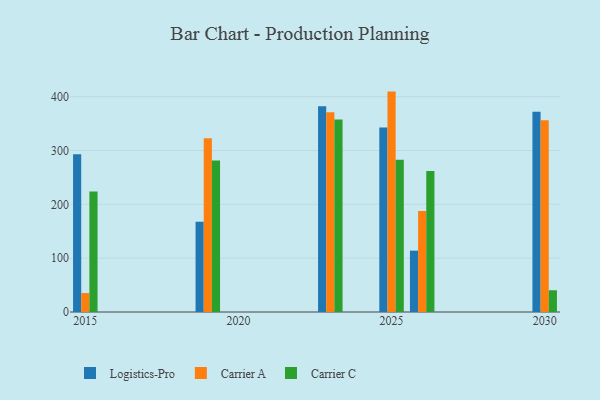
{"axis": {"x": "Year", "y": "Gross Profit (USD K)"}, "legend": ["Carrier A", "Carrier C", "Logistics-Pro"], "data": [{"x": "2025", "y": 342.6, "type": "Logistics-Pro"}, {"x": "2025", "y": 409.4, "type": "Carrier A"}, {"x": "2025", "y": 282.6, "type": "Carrier C"}, {"x": "2015", "y": 293.2, "type": "Logistics-Pro"}, {"x": "2015", "y": 35.2, "type": "Carrier A"}, {"x": "2015", "y": 224.0, "type": "Carrier C"}, {"x": "2019", "y": 167.8, "type": "Logistics-Pro"}, {"x": "2019", "y": 322.8, "type": "Carrier A"}, {"x": "2019", "y": 281.5, "type": "Carrier C"}, {"x": "2023", "y": 382.2, "type": "Logistics-Pro"}, {"x": "2023", "y": 371.1, "type": "Carrier A"}, {"x": "2023", "y": 357.7, "type": "Carrier C"}, {"x": "2030", "y": 372.0, "type": "Logistics-Pro"}, {"x": "2030", "y": 356.0, "type": "Carrier A"}, {"x": "2030", "y": 40.4, "type": "Carrier C"}, {"x": "2026", "y": 114.0, "type": "Logistics-Pro"}, {"x": "2026", "y": 187.5, "type": "Carrier A"}, {"x": "2026", "y": 261.8, "type": "Carrier C"}]}